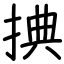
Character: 捵